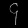
Digit: ၄